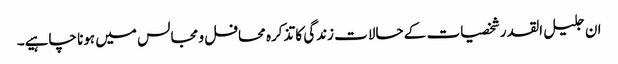
ان جلیل القدر شخصیات کے حالات زندگی کا تذکرہ محافل و مجالس میں ہونا چاہیے۔